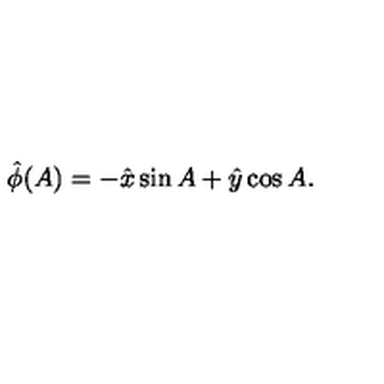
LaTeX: \hat { \phi } ( A ) = - \hat { x } \sin { A } + \hat { y } \cos { A } .